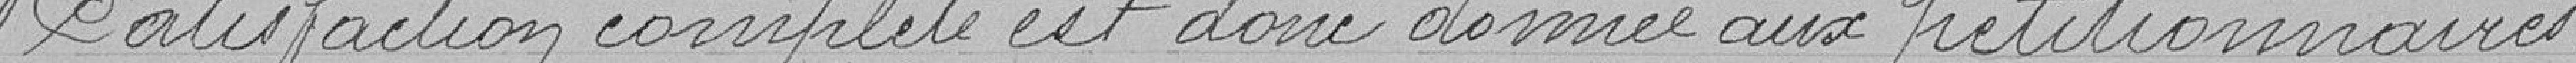
Satisfaction complète est donc donnée aux pétitionnaires .